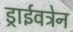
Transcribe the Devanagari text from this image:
ड्राईवट्रेन